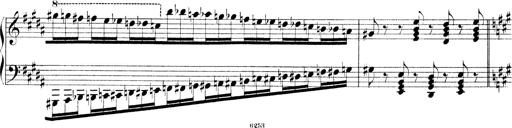
Title: Technische Studien
Composer: Franz Liszt